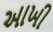
આખી